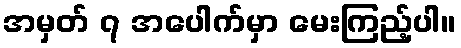
အမှတ် ၇ အပေါက်မှာ မေးကြည့်ပါ။